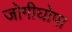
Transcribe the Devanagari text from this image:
जोगीघोपा